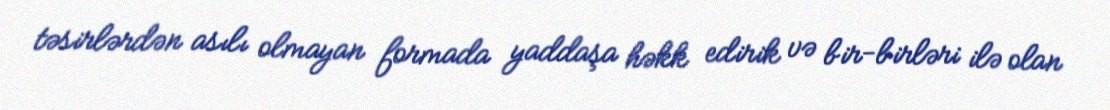
təsirlərdən asılı olmayan formada yaddaşa həkk edirik və bir-birləri ilə olan